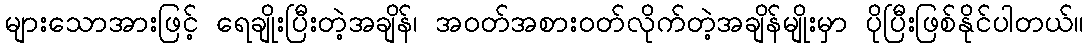
များသောအားဖြင့် ရေချိုးပြီးတဲ့အချိန်၊ အဝတ်အစားဝတ်လိုက်တဲ့အချိန်မျိုးမှာ ပိုပြီးဖြစ်နိုင်ပါတယ်။